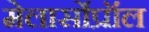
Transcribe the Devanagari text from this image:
मेलार्सोप्रॉल